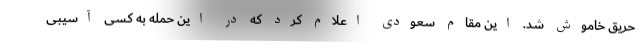
حریق خاموش شد. این مقام سعودی اعلام کرد که در این حمله به کسی آسیبی